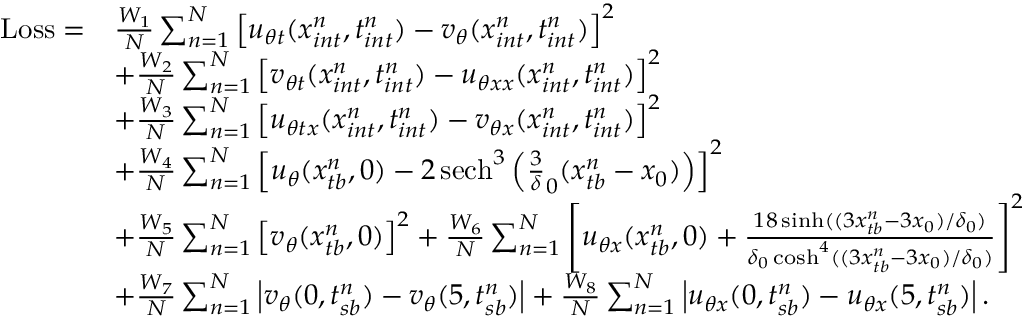
\begin{array} { r l } { \mathrm { L o s s } = } & { \frac { W _ { 1 } } { N } \sum _ { n = 1 } ^ { N } \left[ u _ { \theta t } ( x _ { i n t } ^ { n } , t _ { i n t } ^ { n } ) - v _ { \theta } ( x _ { i n t } ^ { n } , t _ { i n t } ^ { n } ) \right] ^ { 2 } } \\ & { + \frac { W _ { 2 } } { N } \sum _ { n = 1 } ^ { N } \left[ v _ { \theta t } ( x _ { i n t } ^ { n } , t _ { i n t } ^ { n } ) - u _ { \theta x x } ( x _ { i n t } ^ { n } , t _ { i n t } ^ { n } ) \right] ^ { 2 } } \\ & { + \frac { W _ { 3 } } { N } \sum _ { n = 1 } ^ { N } \left[ u _ { \theta t x } ( x _ { i n t } ^ { n } , t _ { i n t } ^ { n } ) - v _ { \theta x } ( x _ { i n t } ^ { n } , t _ { i n t } ^ { n } ) \right] ^ { 2 } } \\ & { + \frac { W _ { 4 } } { N } \sum _ { n = 1 } ^ { N } \left[ u _ { \theta } ( x _ { t b } ^ { n } , 0 ) - 2 \, \mathrm { s e c h } ^ { 3 } \left( \frac { 3 } { \delta } _ { 0 } ( x _ { t b } ^ { n } - x _ { 0 } ) \right) \right] ^ { 2 } } \\ & { + \frac { W _ { 5 } } { N } \sum _ { n = 1 } ^ { N } \left[ v _ { \theta } ( x _ { t b } ^ { n } , 0 ) \right] ^ { 2 } + \frac { W _ { 6 } } { N } \sum _ { n = 1 } ^ { N } \left[ u _ { \theta x } ( x _ { t b } ^ { n } , 0 ) + \frac { 1 8 \sinh ( ( 3 x _ { t b } ^ { n } - 3 x _ { 0 } ) / \delta _ { 0 } ) } { \delta _ { 0 } \cosh ^ { 4 } ( ( 3 x _ { t b } ^ { n } - 3 x _ { 0 } ) / \delta _ { 0 } ) } \right] ^ { 2 } } \\ & { + \frac { W _ { 7 } } { N } \sum _ { n = 1 } ^ { N } \left| v _ { \theta } ( 0 , t _ { s b } ^ { n } ) - v _ { \theta } ( 5 , t _ { s b } ^ { n } ) \right| + \frac { W _ { 8 } } { N } \sum _ { n = 1 } ^ { N } \left| u _ { \theta x } ( 0 , t _ { s b } ^ { n } ) - u _ { \theta x } ( 5 , t _ { s b } ^ { n } ) \right| . } \end{array}